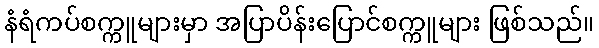
နံရံကပ်စက္ကူများမှာ အပြာပိန်းပြောင်စက္ကူများ ဖြစ်သည်။